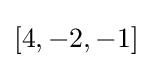
[4,-2,-1]